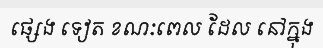
ផ្សេង ទៀត ខណៈពេល ដែល នៅក្នុង